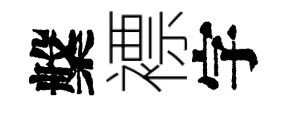
槃褾字